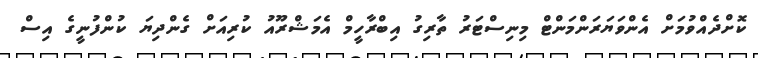
ކޮށްދެއްވުމަށް އެންވަޔަރަންމަންޓް މިނިސްޓަރު ތާރިގު އިބްރާހީމް އެމަޝްރޫއު ކުރިއަށް ގެންދިޔަ ކުންފުނީގެ އިސް